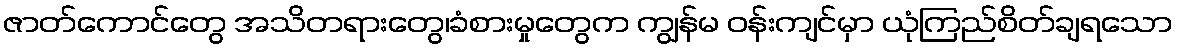
ဇာတ်ကောင်တွေ အသိတရားတွေ၊ခံစားမှုတွေက ကျွန်မ ဝန်းကျင်မှာ ယုံကြည်စိတ်ချရသော